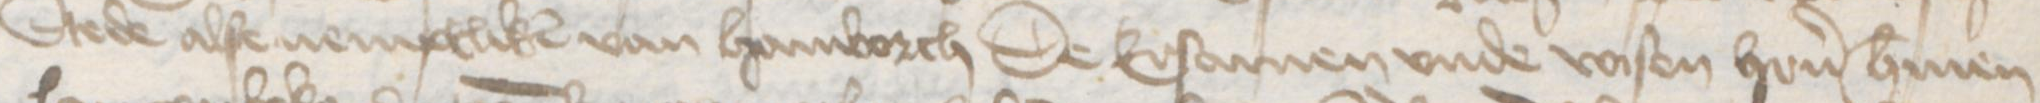
Stede alse nemptliken van Hamborch De Ersamen vnde vasten heren Hermen